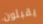
يقبلون